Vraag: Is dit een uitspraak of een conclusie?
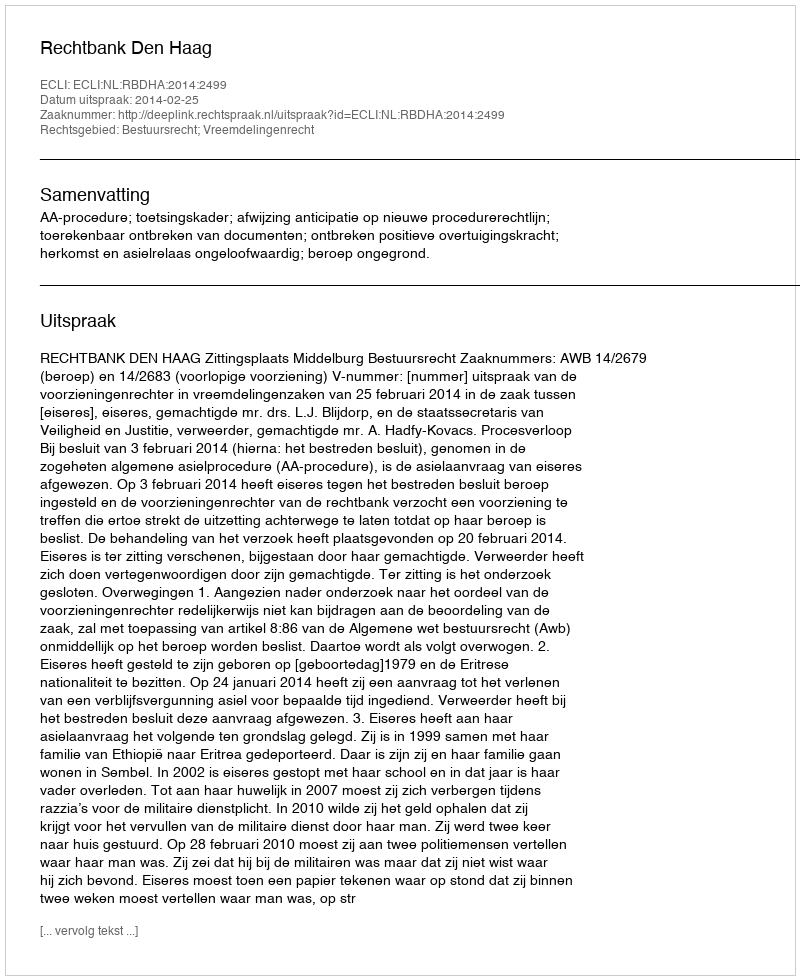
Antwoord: Uitspraak